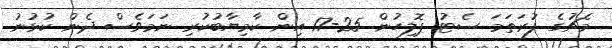
މެޗުގެ ފުރަތަމަ ސެޓު ޕޮލިހުން 25-17 އިން ކާމިޔާބުކުރި ނަމަވެސް ދެން ކުޅުނު